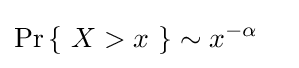
\Pr \left\{\ X>x\ \right\}\sim x^{-\alpha }\quad